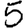
Digit: 5